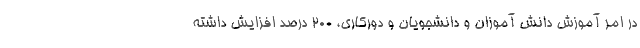
در امر آموزش دانش آموزان و دانشجویان و دورکاری، ۲۰۰ درصد افزایش داشته